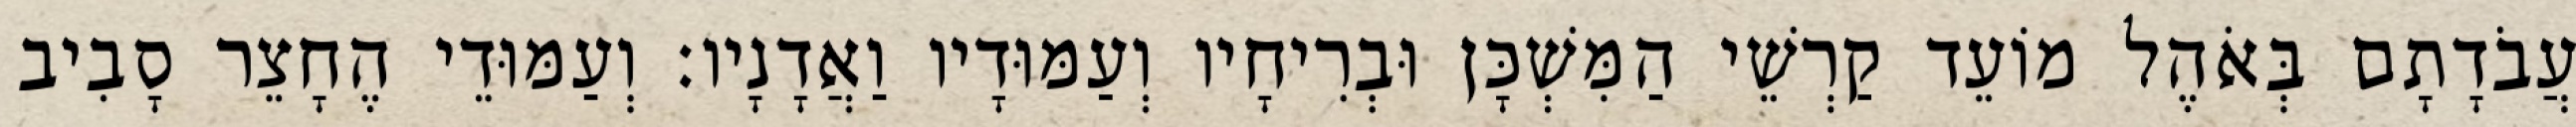
עֲבֹדָתָם בְּאֹהֶל מוֹעֵד קַרְשֵׁי הַמִּשְׁכָּן וּבְרִיחָיו וְעַמּוּדָיו וַאֲדָנָיו׃ וְעַמּוּדֵי הֶחָצֵר סָבִיב